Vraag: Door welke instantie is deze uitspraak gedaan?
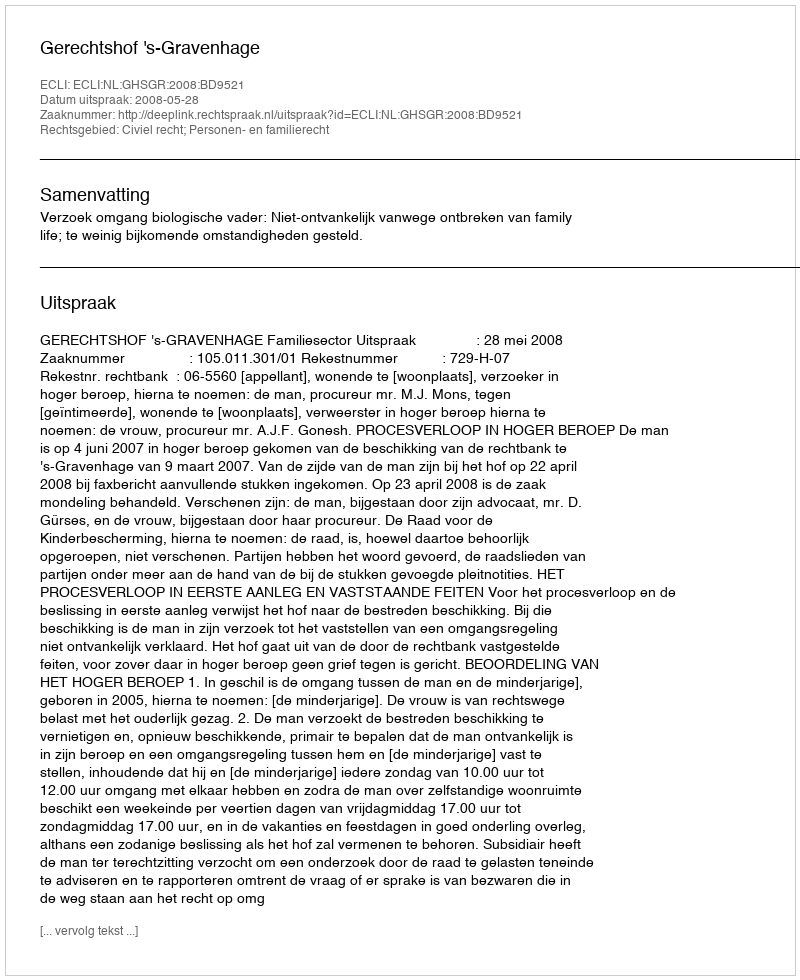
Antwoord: Gerechtshof 's-Gravenhage